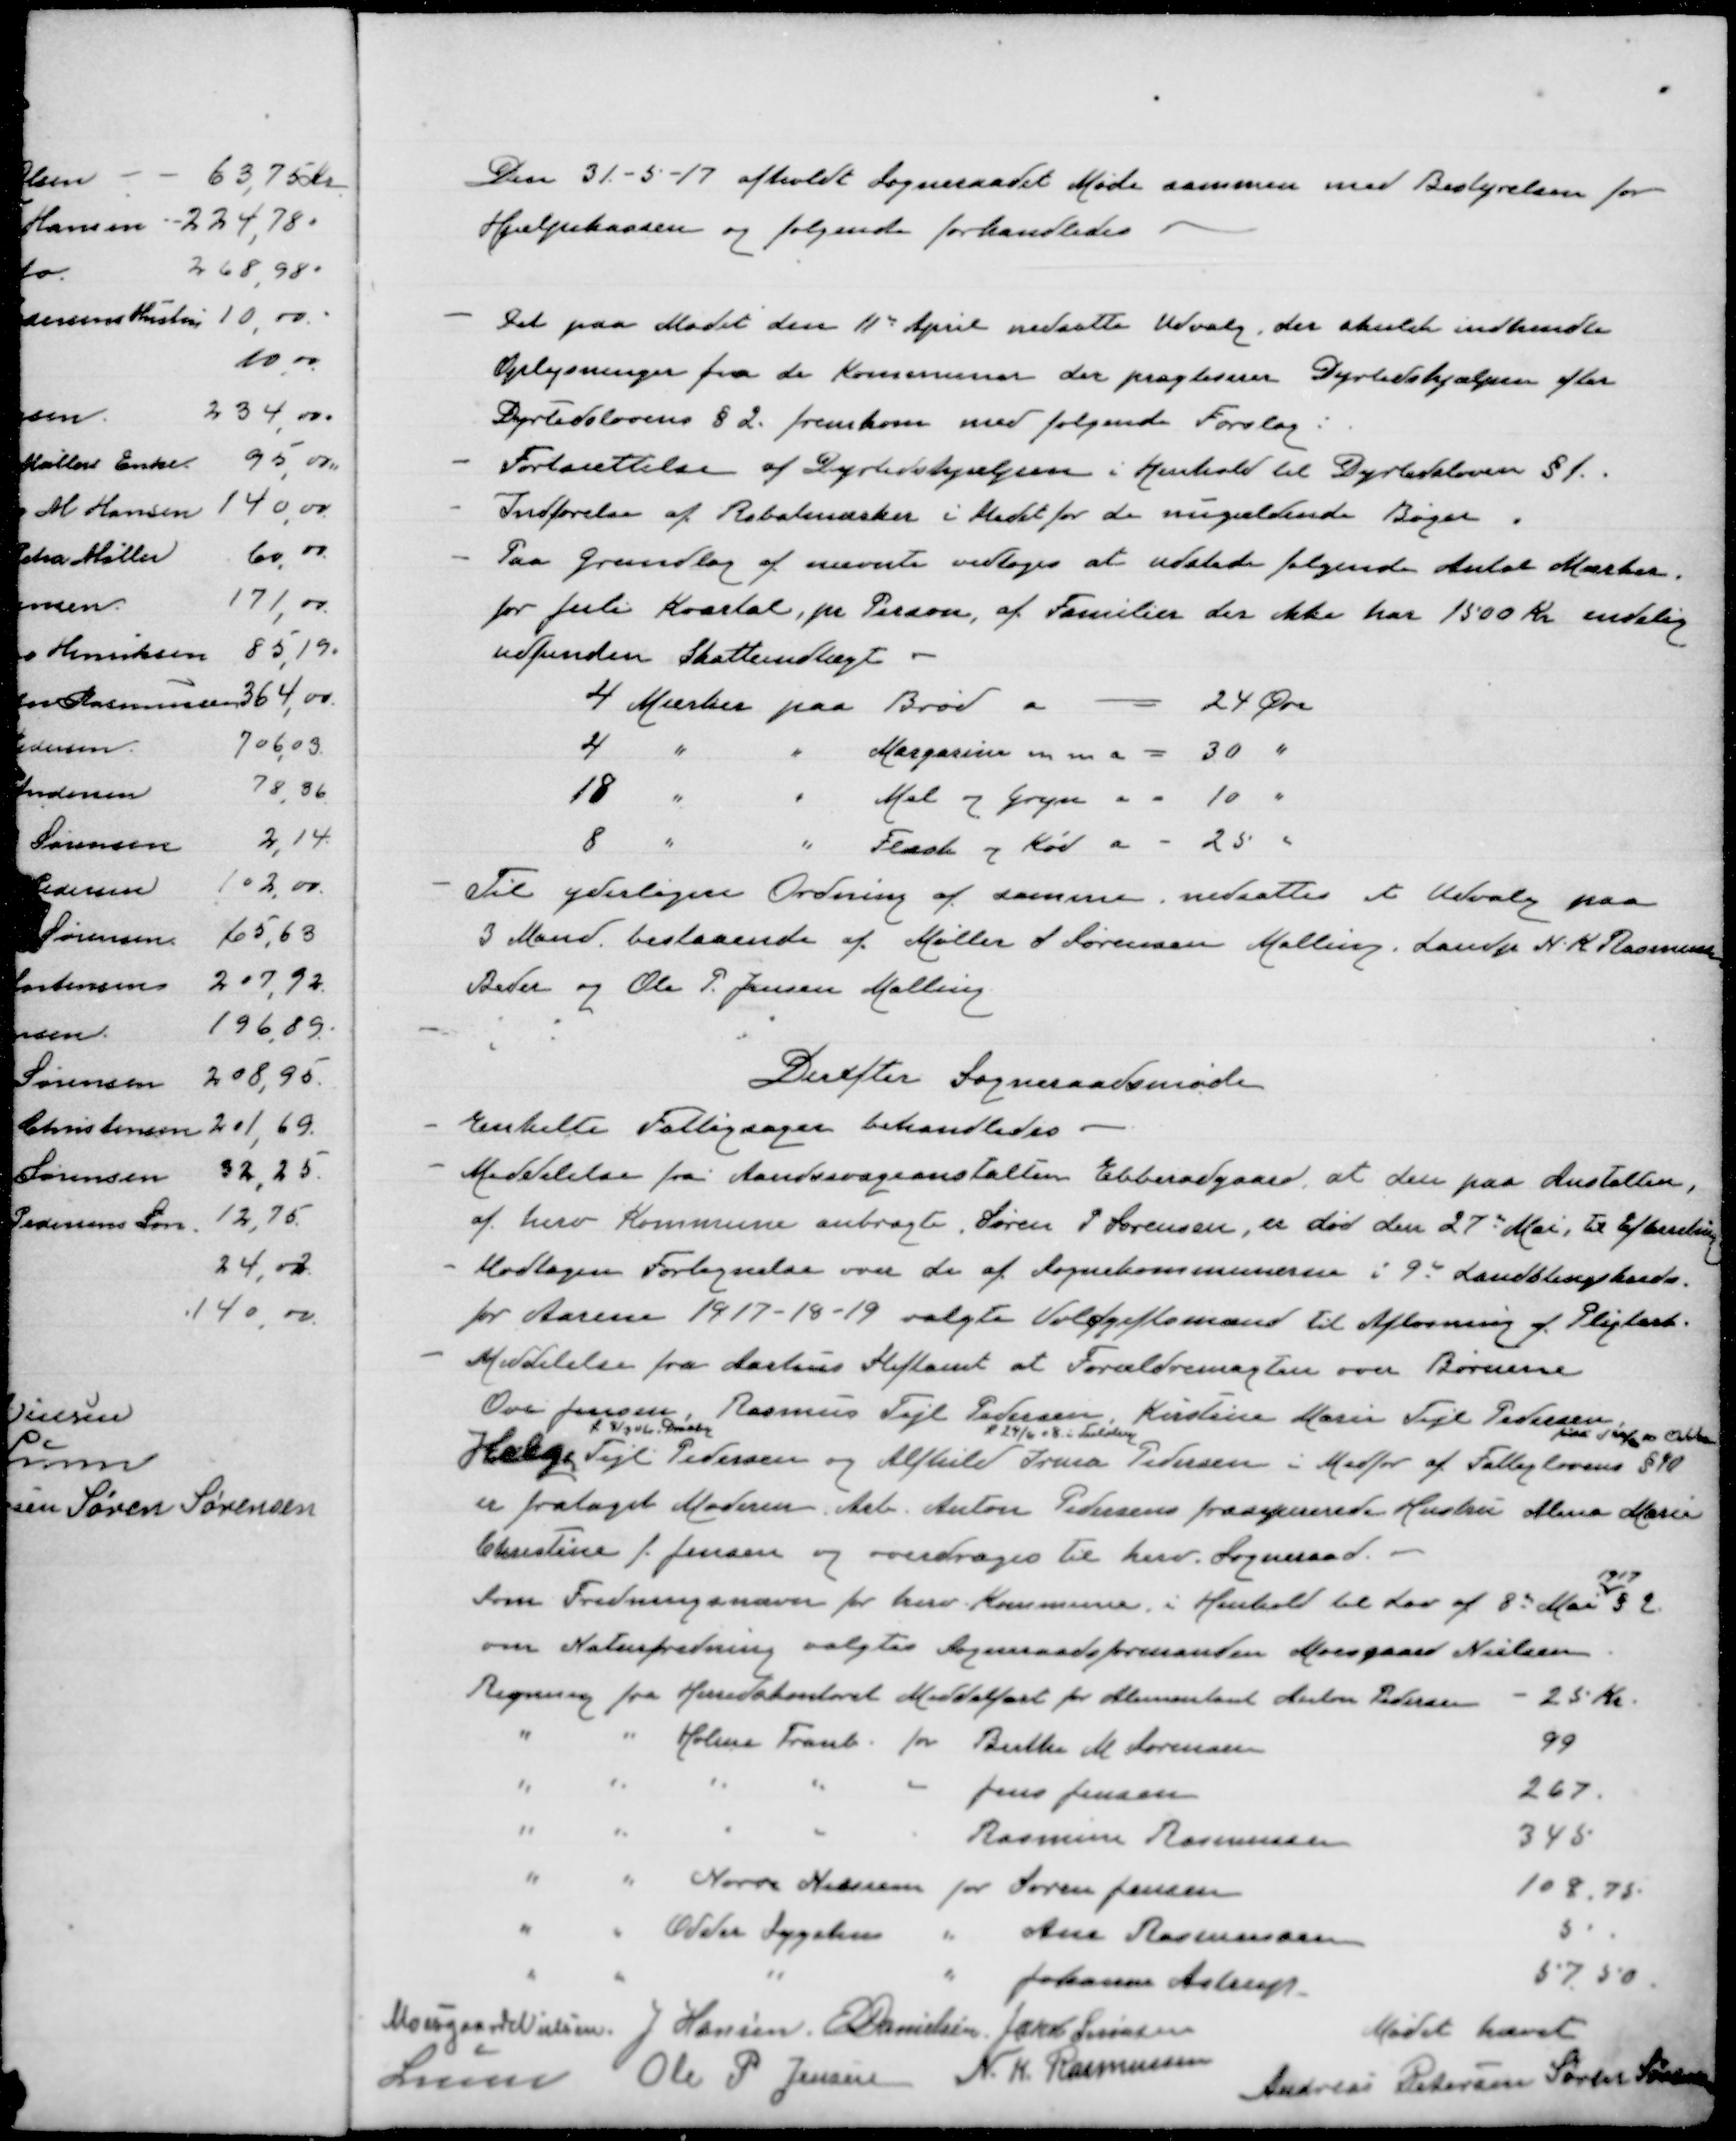
Transskription:
Den 31-5-17 afholdt Sogneraadet Møde sammen med Bestyrelsen for
Hjælpekassen og følgende forhandledes
Det paa Mødet den 11de April nedsatte Udvalg, der aktuelt indhendtes
Oplysninger fra de Kommuner der pragtiserer Dyrtidshjælpen efter
Dyrtidslovens § 2 fremkom med følgende Forslag:
Fortsættelse af Dyrtidshjælpen i Henhold til Dyrtidsloven § 1.
Indførelse af Rabatmærker i Stedet for nugældende Bøger.
Paa Grundlag af nævnte vedtoges at udatere følgende Antal Mærker.
for Juli Kvartal, pr Person, af Familier der ikke har 1500 Kr endelig
udfunden Skatteindtægt
4 Mærker paa Brød a  24 Øre
4 " " Margarine mm a  30 "
18 " " Mel og Gryn a 10 "
8 " " Flæsk og Kød a  25 "
Til yderligere Ordning af  samme, nedsattes et Udvalg paa
3 Mand bestaaende af Møller S Sørensen Malling, Landp N K Rasmussen
Beder og Ole P Jensen Malling
Derefter Sogneraadsmøde
Enkelte Fattigsager behandledes
Meddelelse fra Aandsvageanstalten Ebberødgaard at der paa Anstalten,
af hvor Kommune anbragte, Søren P Sørensen er død den 27de Mai. til Efterretning
Modtagen Fortegnelse over de af Sognekommunerne i 9de Landstingskreds
for Aarene 1917-18-19 valgte Voldgiftsmænd til Afløsning af Pligtarb.
Meddelelse fra Aarhus Stiftsamt at Forældremagten over Børnene
Ove Jensen, Rasmus Tejl Pedersen, Kristine Marie Tejl Pedersen
f 8/3 06 i Draaby
Rasmus Tejl Pedersen,
f. 29/6 08 i
Kristine Marie Tejl Pedersen
født d 10/6 10 i Odder
Helge Tejl Pedersen og Alfhild Irma Pedersen i Medfør af Fattiglovens § 10
er frataget Moderen. Arb Anton Pedersens  Hustru Alma Marie
Christine f. Jensen og overdroges til herv. Sogneraad
Som Fredningsnævn for hvor Kommune i Henhold til Lov af 8de Mai
1917
§2
om Naturfredning valgtes Sognerådsformanden Moesgaard Nielsen.
Regning fra Hovedkontoret Middelfart for Alimentant Anton Pedersen - 25 Kr.
" " Holme Tranb. for Benthe M Sørensen 99
" " " " - Jens Jensen 267
" " " " " Rasmine Rasmussen 345
" " Nørre Nissum for Søren Jensen 108,78
" " Odder Sygehus " Ane Rasmussen 5
" " " " Johanne Astrup 57,50
Mødet hævet
Moesgaard Nielsen
J Hansen
E Danielsen
Jakob Sørensen
Lunn
Ole P Jensen
N K Rasmussen
Andreas Petersen
Søren Sørensen